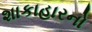
શાકાહારનો